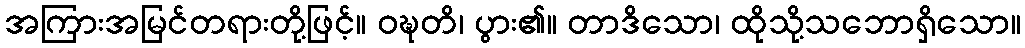
အကြားအမြင်တရားတို့ဖြင့်။ ဝဍ္ဎတိ၊ ပွား၏။ တာဒိသော၊ ထိုသို့သဘောရှိသော။